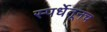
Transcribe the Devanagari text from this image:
स्पर्धेतूनच